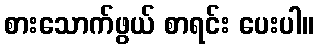
စားသောက်ဖွယ် စာရင်း ပေးပါ။